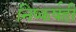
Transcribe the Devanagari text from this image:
निष्कर्षही